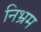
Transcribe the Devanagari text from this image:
निभ्रम